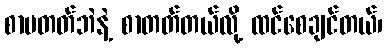
စာမတတ်ဘဲနဲ့ စာတတ်တယ်လို့ ထင်စေချင်တယ်၊